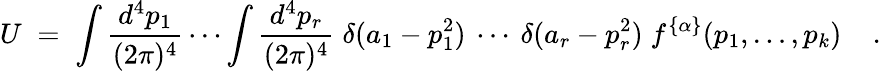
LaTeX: U\; =\; \int\frac{d^{4}p_{1}}{(2\pi)^{4}}\cdots\int\frac{d^{4}p_{r}}{(2\pi)^{4}}\; \delta(a_{1}-p_{1}^{2})\: \cdots\: \delta(a_{r}-p_{r}^{2})\; f^{\{ \alpha\} }(p_{1},\ldots,p_{k})\; \; \; \; .